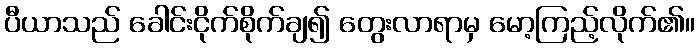
ပီယာသည် ခေါင်းငိုက်စိုက်ချ၍ တွေးလာရာမှ မော့ကြည့်လိုက်၏။